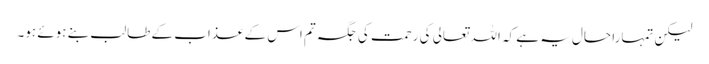
لیکن تمہارا حال یہ ہے کہ اللہ تعالی کی رحمت کی جگہ تم اس کے عذاب کے طالب بنے ہوئے ہو۔